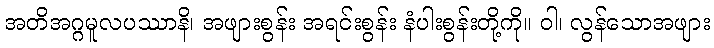
အတိအဂ္ဂမူလပဿာနိ၊ အဖျားစွန်း အရင်းစွန်း နံပါးစွန်းတို့ကို။ ဝါ၊ လွန်သောအဖျား